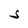
Character: S